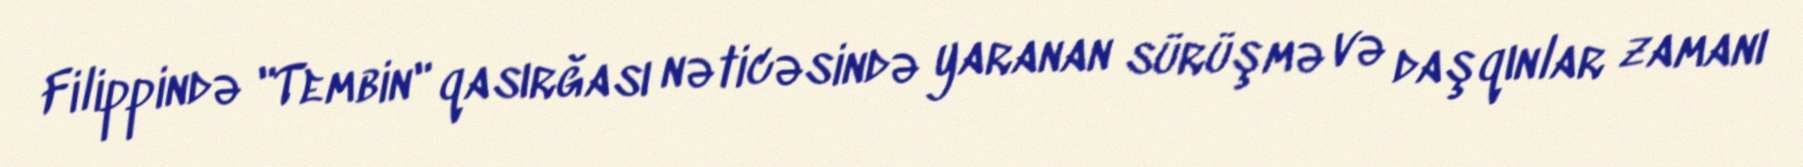
Filippində "Tembin" qasırğası nəticəsində yaranan sürüşmə və daşqınlar zamanı